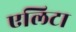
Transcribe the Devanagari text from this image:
एलिटा